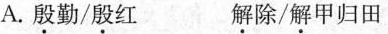
A.殷勤/殷红 解除/解甲归田